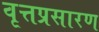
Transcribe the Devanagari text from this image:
वृत्तप्रसारण